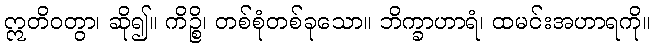
ဣတိဝတွာ၊ ဆို၍။ ကိဉ္စိ၊ တစ်စုံတစ်ခုသော။ ဘိက္ခာဟာရံ၊ ထမင်းအဟာရကို။